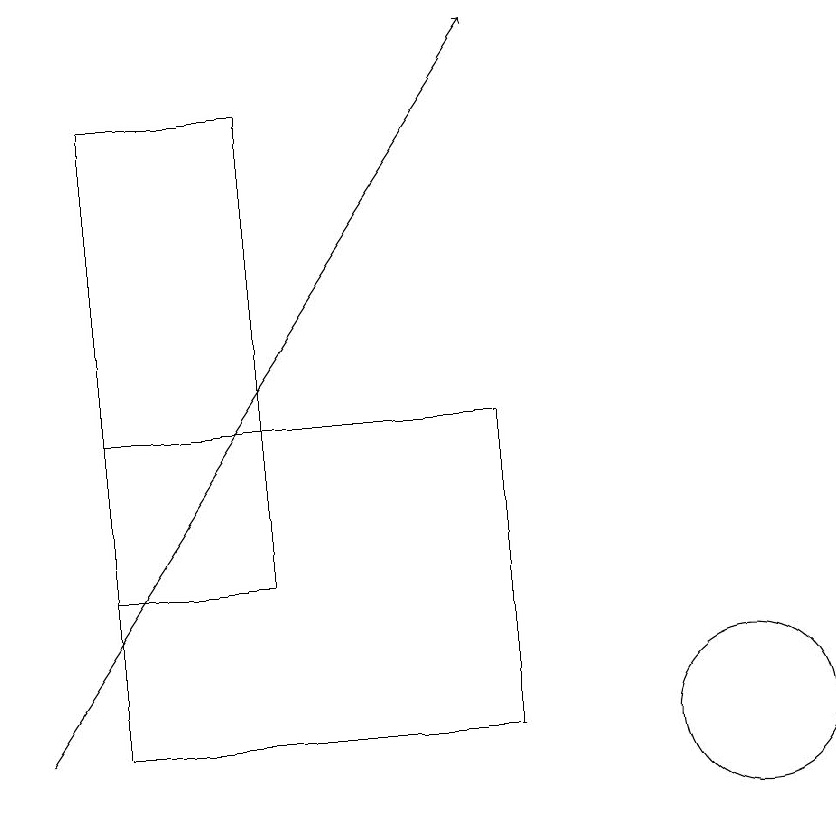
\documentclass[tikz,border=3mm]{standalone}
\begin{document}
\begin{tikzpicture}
\draw (11,10) circle (1);
\draw (3,12) rectangle (5,18);
\draw[->] (2,10) -- (8,19);
\draw (8,14) rectangle (3,10);
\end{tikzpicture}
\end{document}